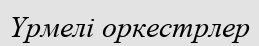
Үрмелі оркестрлер